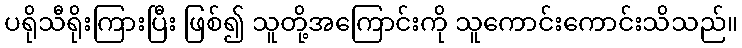
ပရိုသီရိုးကြားပြီး ဖြစ်၍ သူတို့အကြောင်းကို သူကောင်းကောင်းသိသည်။